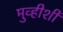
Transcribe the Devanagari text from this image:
मुव्हीशी